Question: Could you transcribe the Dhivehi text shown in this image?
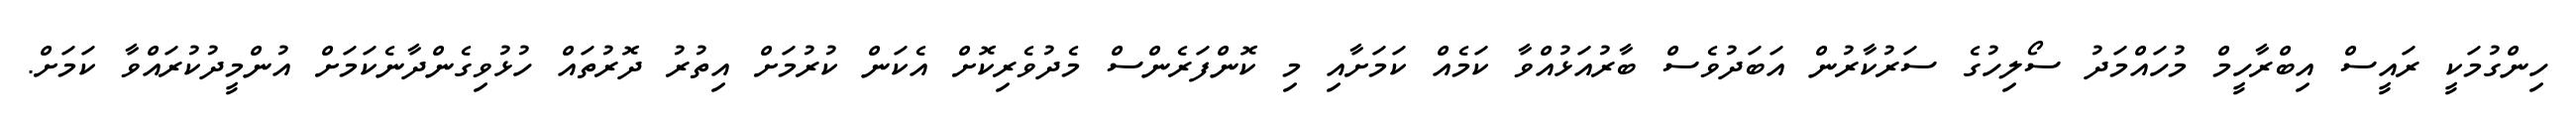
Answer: ހިންގުމަކީ ރައީސް އިބްރާހީމް މުހައްމަދު ސޯލިހުގެ ސަރުކާރުން އަބަދުވެސް ބާރުއަޅުއްވާ ކަމެއް ކަމަށާއި މި ކޮންފަރެންސް މެދުވެރިކޮށް އެކަން ކުރުމަށް އިތުރު ދޮރުތައް ހުޅުވިގެންދާނެކަމަށް އުންމީދުކުރައްވާ ކަމަށް.